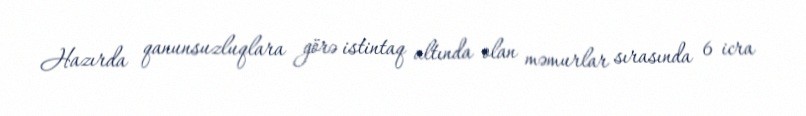
Hazırda qanunsuzluqlara görə istintaq altında olan məmurlar sırasında 6 icra